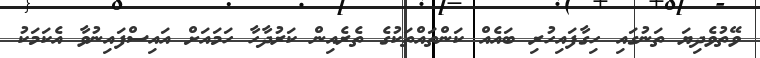
ވޭތުވެދިޔަ ތަނުގައި ހިގާފައިހުރި ބައެއް ކަންތައްތަކުގެ ތެރެއިން ކަރުދާހާ ހަމައަށް އައިސްފައިނުވާ އެކަމަކު